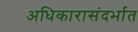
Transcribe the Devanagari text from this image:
अधिकारासंदर्भात